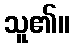
သူ၏။